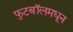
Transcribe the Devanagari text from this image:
फुटबॉलमधून